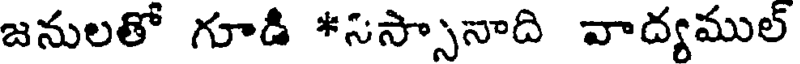
జనులతో గూడి *సస్సానాది వాద్యముల్